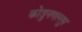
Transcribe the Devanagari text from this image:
कोडुनगल्लुर